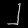
Digit: ၂